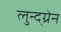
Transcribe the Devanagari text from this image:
लुन्द्ग्रेन